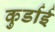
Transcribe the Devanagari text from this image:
कुर्डाई